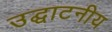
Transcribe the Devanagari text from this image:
उद्घाटनीय